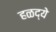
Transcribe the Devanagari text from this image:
हळद्ये